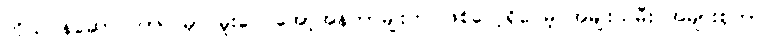
ကိုယ်ဝန်ဆောင်ကာလမှာ မူးဝေ အော့အန်တာမျိုးက ဖြစ်လေ့ရှိပေမဲ့ အမျိုးသမီး အများစုဟာ